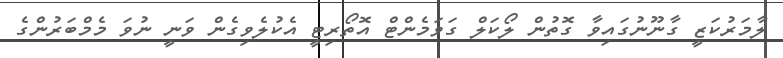
ލާމަރުކަޒީ ގާނޫނުގައިވާ ގޮތުން ލޯކަލް ގަވަމެންޓް އޮތޯރިޓީ އެކުލެވިގެން ވަނީ ނުވަ މެމްބަރުންގެ